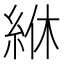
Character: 𫃢